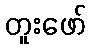
တူးဖော်